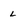
Character: L